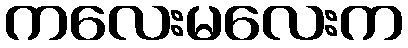
ကလေးမလေးက